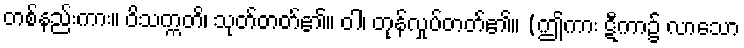
တစ်နည်းကား။ ဝိသက္ကတိ၊ သုတ်တတ်၏။ ဝါ၊ တုန်လှုပ်တတ်၏။ (ဤကား ဋီကာ၌ လာသော